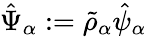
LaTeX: \hat{\Psi}_{\alpha}:=\tilde{\rho}_{\alpha}\hat{\psi}_{\alpha}